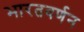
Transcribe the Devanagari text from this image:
भारतवर्णन